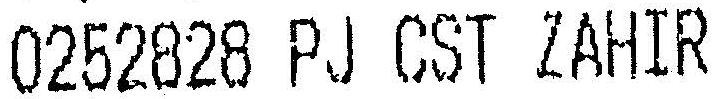
0252828 PJ CST ZAHIR